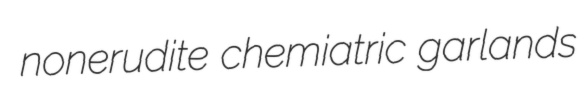
nonerudite chemiatric garlands